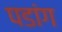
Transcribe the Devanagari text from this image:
पडांग